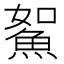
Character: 𩶯